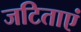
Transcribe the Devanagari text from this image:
जटिताएं